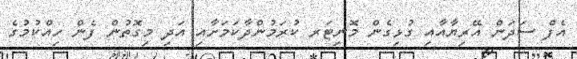
އެފް ސަދަން އޭރިޔާއާއި ގުޅިގެން މޮނިޓަރ ކުރަމުންދާކަމަށާއި އަދި މިގޮތުން ފެން ހިއްކުމުގެ